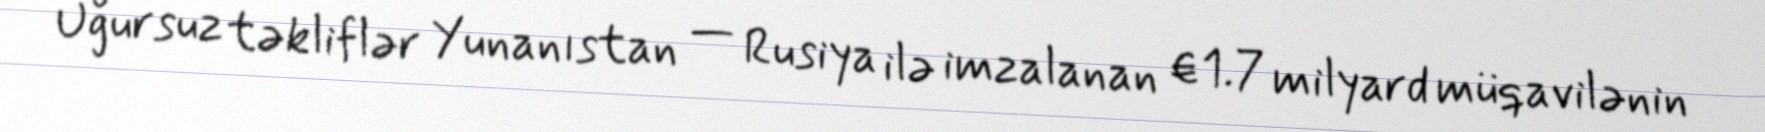
Uğursuz təkliflər Yunanıstan — Rusiya ilə imzalanan €1.7 milyard müqavilənin